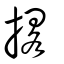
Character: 撂